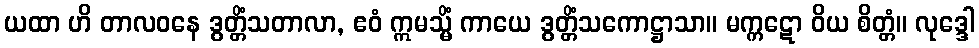
ယထာ ဟိ တာလဝနေ ဒွတ္တိံသတာလာ, ဧဝံ ဣမသ္မိံ ကာယေ ဒွတ္တိံသကောဋ္ဌာသာ။ မက္ကဋော ဝိယ စိတ္တံ။ လုဒ္ဒေါ